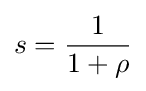
s={\frac {1}{1+\rho }}